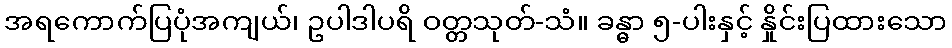
အရကောက်ပြပုံအကျယ်၊ ဥပါဒါပရိ ဝတ္တသုတ်-သံ။ ခန္ဓာ ၅-ပါးနှင့် နှိုင်းပြထားသော